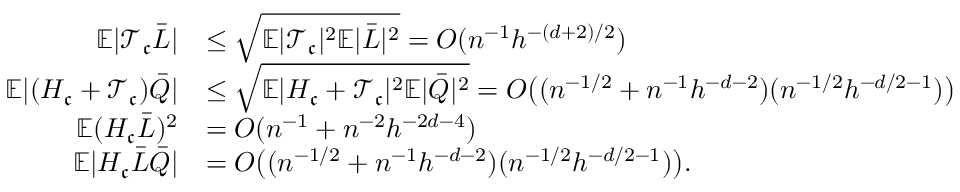
\begin{array} { r l } { \mathbb { E } | \mathcal { T } _ { \mathfrak { c } } \bar { L } | } & { \leq \sqrt { \mathbb { E } | \mathcal { T } _ { \mathfrak { c } } | ^ { 2 } \mathbb { E } | \bar { L } | ^ { 2 } } = O ( n ^ { - 1 } h ^ { - ( d + 2 ) / 2 } ) } \\ { \mathbb { E } | ( H _ { \mathfrak { c } } + \mathcal { T } _ { \mathfrak { c } } ) \bar { Q } | } & { \leq \sqrt { \mathbb { E } | H _ { \mathfrak { c } } + \mathcal { T } _ { \mathfrak { c } } | ^ { 2 } \mathbb { E } | \bar { Q } | ^ { 2 } } = O \big ( ( n ^ { - 1 / 2 } + n ^ { - 1 } h ^ { - d - 2 } ) ( n ^ { - 1 / 2 } h ^ { - d / 2 - 1 } ) \big ) } \\ { \mathbb { E } ( H _ { \mathfrak { c } } \bar { L } ) ^ { 2 } } & { = O ( n ^ { - 1 } + n ^ { - 2 } h ^ { - 2 d - 4 } ) } \\ { \mathbb { E } | H _ { \mathfrak { c } } \bar { L } \bar { Q } | } & { = O \big ( ( n ^ { - 1 / 2 } + n ^ { - 1 } h ^ { - d - 2 } ) ( n ^ { - 1 / 2 } h ^ { - d / 2 - 1 } ) \big ) . } \end{array}